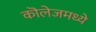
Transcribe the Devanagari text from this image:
कॊलेजमध्ये